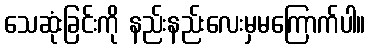
သေဆုံးခြင်းကို နည်းနည်းလေးမှမကြောက်ပါ။